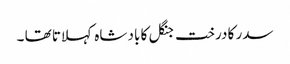
سدر کا درخت جنگل کا باد شاہ کہلاتا تھا ۔